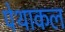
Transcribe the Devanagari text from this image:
पेथाकल